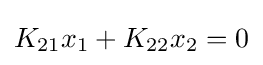
K_{21}x_{1}+K_{22}x_{2}=0